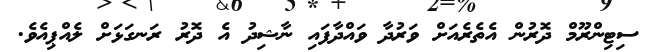
ސިޓިންރޫމް ދޮރުން އެތެރެއަށް ވަރުދާ ވައްދާފައި ނާޝިދު އެ ދޮރު ރަނގަޅަށް ލެއްޕިއެވެ.